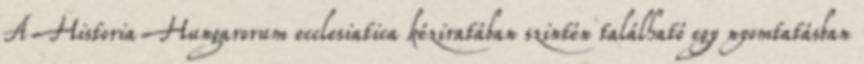
A Historia Hungarorum ecclesiatica kéziratában szintén található egy nyomtatásban